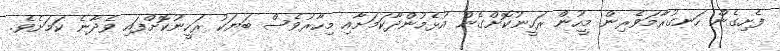
ފެށިގެން ހަނގުރާމަވެރިން މީހުން ރަހީނުކޮށްގެން އުޅެމުންދާކަމަށާއި މިހާރުވެސް ބަޔަކު ރަހީނުކޮށްފައި ވެދާނެ ކަމަށެވެ.